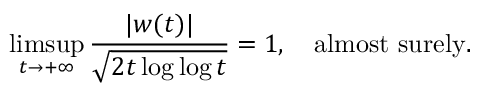
\operatorname* { l i m s u p } _ { t \to + \infty } { \frac { | w ( t ) | } { \sqrt { 2 t \log \log t } } } = 1 , \quad { \mathrm { a l m o s t ~ s u r e l y } } .